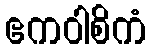
ဧကဝါစိကံ